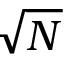
\sqrt { N }